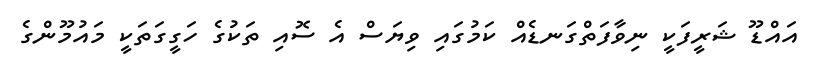
އައްޑޫ ޝަރީފަކީ ނިވާފަތްގަނޑެއް ކަމުގައި ވިޔަސް އެ ސޮއި ތަކުގެ ހަގީގަތަކީ މައުމޫންގެ